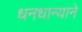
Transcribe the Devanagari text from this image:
धनधान्याने